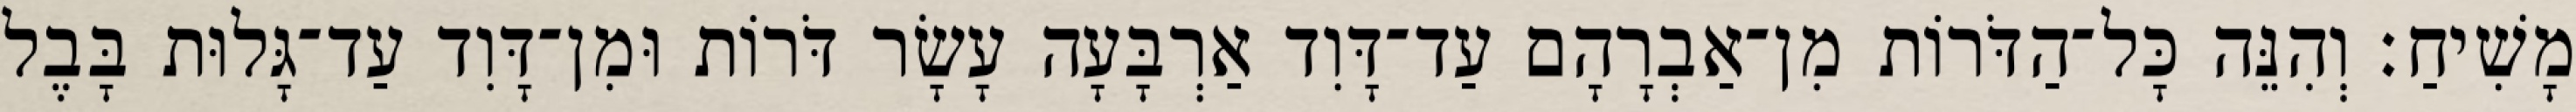
מָשִׁיחַ׃ וְהִנֵּה כָּל־הַדֹּרוֹת מִן־אַבְרָהָם עַד־דָּוִד אַרְבָּעָה עָשָׂר דֹּרוֹת וּמִן־דָּוִד עַד־גָּלוּת בָּבֶל